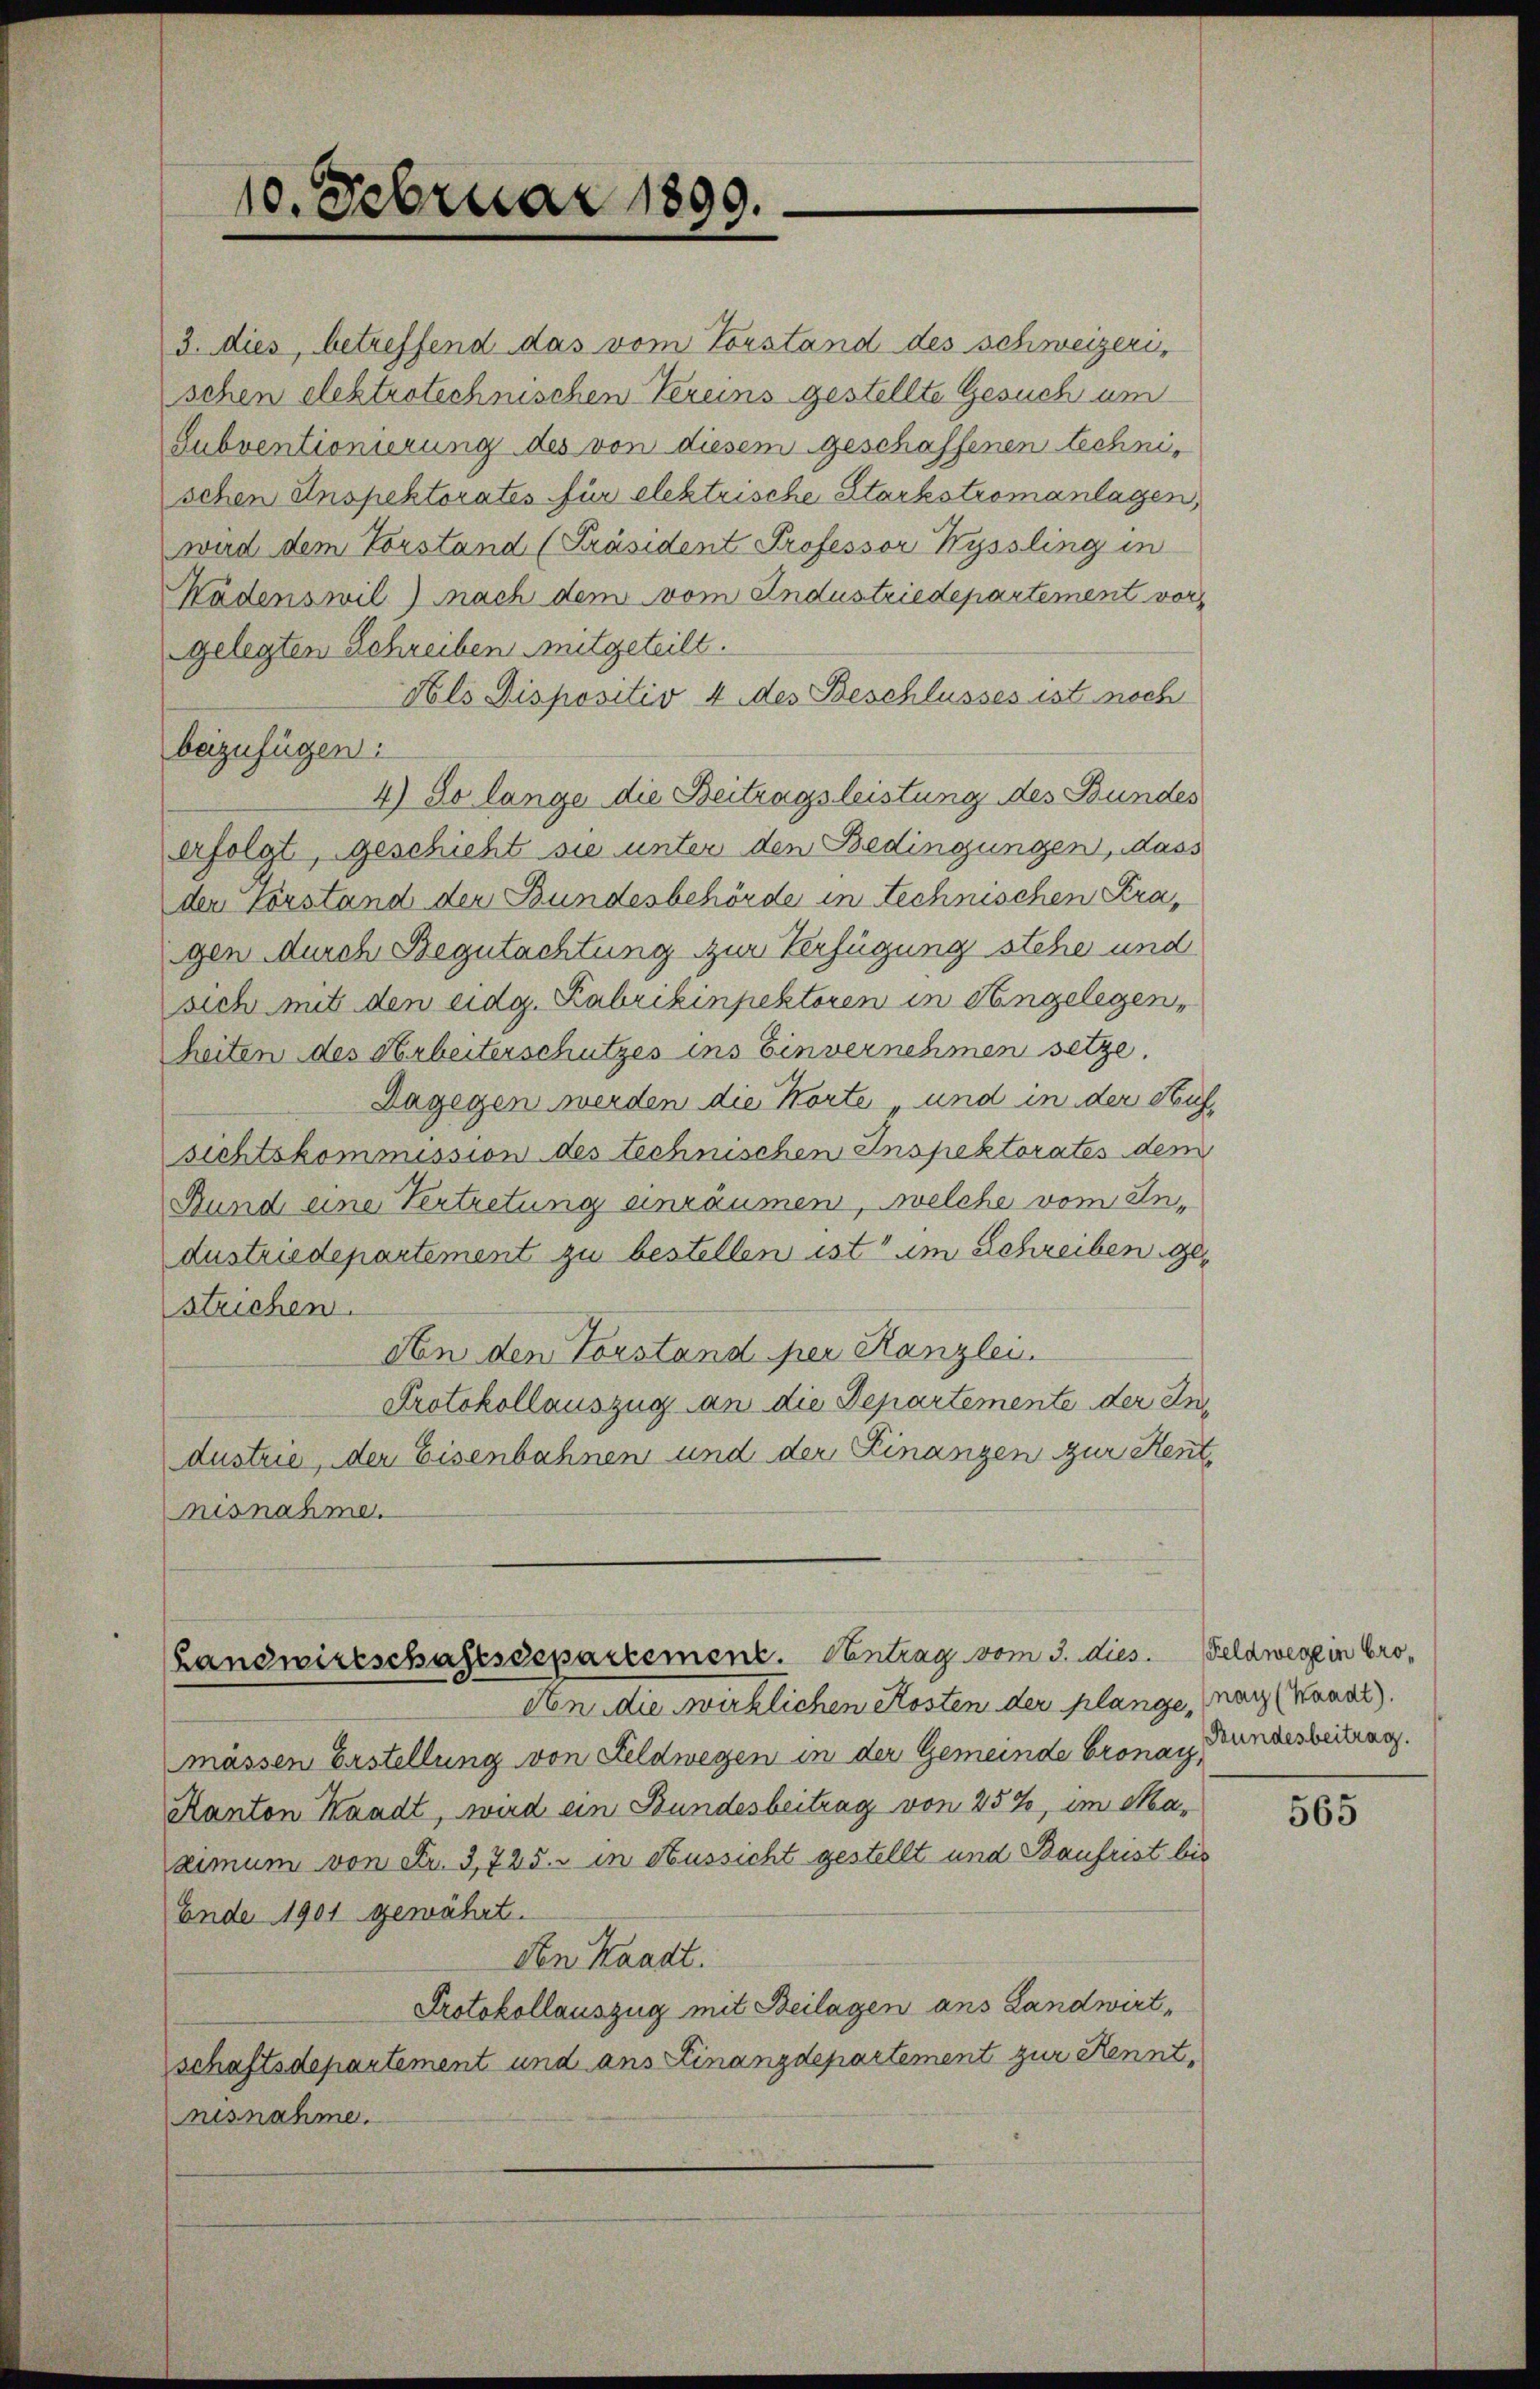
10. Februar 1899.

3. dies, betreffend das vom Vorstand des schweizerischen elektrotechnischen Vereins gestellte Gesuch um
Subventionierung des von diesem geschaffenen technischen Anspektorates für elektrische Starkstromanlagen,
wird dem Vorstand (Präsident Professor Wyssling in
Wädenswil) nach dem vom Industriedepartement vor
gelegten Schreiben Mitgeteilt.
Nols Dispositiv 4 des Beschlusses ist noch
beizufügen:
4) So lange die Beitragsleistung des Bundes
erfolgt, geschicht sie unter den Bedingungen, dass
der Vorstand der Bundesbehörde in technischen Kragen durch Begutachtung zur Verfügung stehe und
sich mit den eidg. Kabrikinpektoren in Angelegen,
eiten des Arbeiterschutzes ins Einvernehmen setze.
Dagegen werden die Korte und in der Hufsichtskommission des technischen Inspektorates dem
Bund eine Vertretung einräumen, welche vom Andustriedepartement zu bestellen ist im Schreiben gestrichen.
An den Vorstand per Kanzlei.
Protokollauszug an die Departemente der Industrie, der Eisenbahnen und der Finanzen zur Rentnisnahme.

An die wirklichen Kosten der plange, nach (Wanal).
mässen Erstellung von Feldwegen in der Gemeinde bronay Bundesbeitrag.
Kanton Waadt, wird ein Bundesbeitrag von 25%, im Maximum von Fr. 3,725. - in Aussicht gestellt und Baufrist bis
Ende 1901 gewährt.
Den Kaadt.
Protokollauszug mit Beilagen aus Landwirtschaftsdepartement und ans Linanzdepartement zur Kenntnisnahme.

(Landwirtschaftsdepartement. Centrag vom 3. dies Feldwege in Pro¬

565